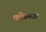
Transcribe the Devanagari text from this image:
कोस्मस